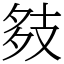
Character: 㩼